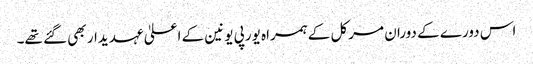
اس دورے کے دوران مرکل کے ہمراہ یورپی یونین کے اعلیٰ عہدیدار بھی گئے تھے۔